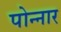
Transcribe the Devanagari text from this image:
पोन्नार